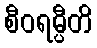
စီဝရမ္ပီတိ